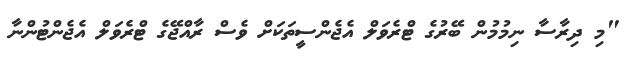
"މި ދިރާސާ ނިމުމުން ބޭރުގެ ޓްރެވަލް އެޖެންސީތަކަށް ވެސް ރާއްޖޭގެ ޓްރެވަލް އެޖެންޓުންނާ